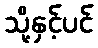
သို့နှင့်ပင်